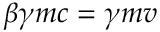
\beta \gamma m c = \gamma m v